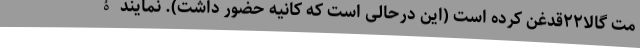
مت گالا۲۲قدغن کرده است (این درحالی است که کانیه حضور داشت). نمایندۀ